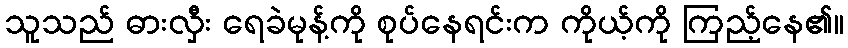
သူသည် ဓားလှီး ရေခဲမုန့်ကို စုပ်နေရင်းက ကိုယ့်ကို ကြည့်နေ၏။